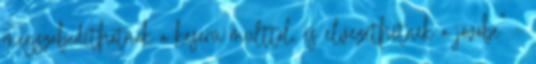
megszabadíthatnak a keserű múlttól, és elvezethetnek a jövőbe” –